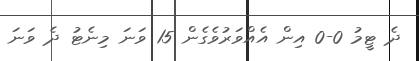
ދެ ޓީމު 0-0 އިން އެއްވަރުވެގެން 15 ވަނަ މިނެޓު ދެ ވަނަ